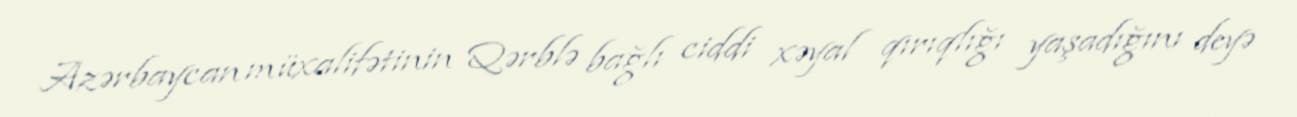
Azərbaycan müxalifətinin Qərblə bağlı ciddi xəyal qırıqlığı yaşadığını deyə